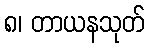
၈၊ တာယနသုတ်